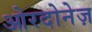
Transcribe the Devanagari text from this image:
ओरदोनेज़